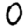
Digit: 0